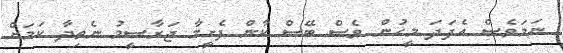
ނަމަވެސް އެފަދަ މީހުން ވެސް ބޭސް ކާން ފެށީމާ ޖަރާސީމު ނެތިދާ ކަމަށް